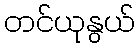
တင်ယုနွယ်